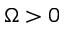
\Omega > 0